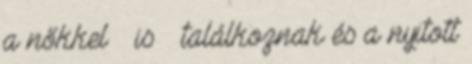
a nőkkel – is – találkoznak és a nyitott